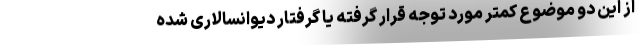
از این دو موضوع کمتر مورد توجه قرار گرفته یا گرفتار دیوانسالاری شده